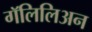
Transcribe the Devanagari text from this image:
गॅलिलिअन